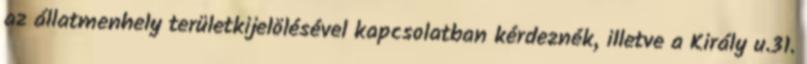
az állatmenhely területkijelölésével kapcsolatban kérdeznék, illetve a Király u.31.